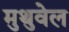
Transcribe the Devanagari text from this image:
मुथुवेल